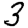
Digit: 3